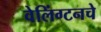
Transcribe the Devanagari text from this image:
वेलिंग्टनचे